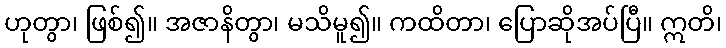
ဟုတွာ၊ ဖြစ်၍။ အဇာနိတွာ၊ မသိမူ၍။ ကထိတာ၊ ပြောဆိုအပ်ပြီ။ ဣတိ၊